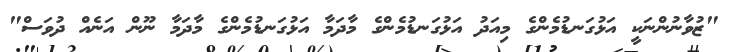
"ޒުވާނުންނަކީ އަޅުގަނޑުމެންގެ މިއަދު އަޅުގަނޑުމެންގެ މާދަމާ އަޅުގަނޑުމެންގެ މާދަމާ ނޫން އަނެއް ދުވަސް"